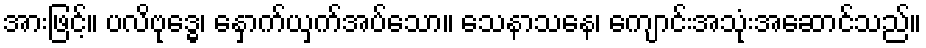
အားဖြင့်။ ပလိဗုဒ္ဓေ၊ နှောက်ယှက်အပ်သော။ သေနာသနေ၊ ကျောင်းအသုံးအဆောင်သည်။